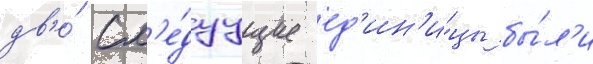
дв'е́ сл'е́дуущие ед'ин'и́цы бы́л'и